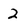
Character: 2